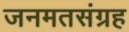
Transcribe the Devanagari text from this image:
जनमतसंग्रह